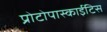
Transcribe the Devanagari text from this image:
प्रोटोपास्काईटिस